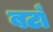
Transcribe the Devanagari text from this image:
बटाँ